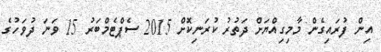
އިން ފުރައިގެން މާމިގިއްޔަށް ދަތުރު ކުރަނިކޮށް 2015 ސެޕްޓެމްބަރު 15 ވަނަ ދުވަހުގެ